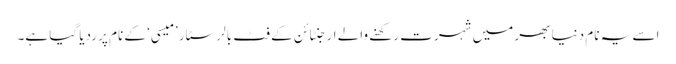
اسے یہ نام دنیا بھر میں شہرت رکھنے والے ارجنٹائن کے فٹ بالر سٹار ’میسی‘ کے نام پر ردیا گیا ہے۔